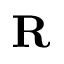
\mathbf { R }